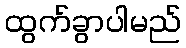
ထွက်ခွာပါမည်